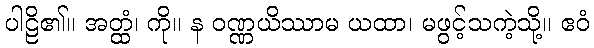
ပါဠိ၏။ အတ္ထံ၊ ကို။ န ဝဏ္ဏယိဿာမ ယထာ၊ မဖွင့်သကဲ့သို့။ ဧဝံ